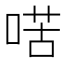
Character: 𠸋